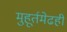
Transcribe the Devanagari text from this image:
मुहूर्तमेढही